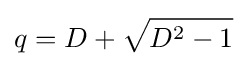
q=D+{\sqrt {D^{2}-1}}